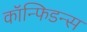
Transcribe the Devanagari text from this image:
कॉन्फिडन्स